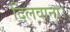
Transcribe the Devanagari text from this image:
दिलवाना।